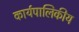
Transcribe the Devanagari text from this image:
कार्यपालिकीय